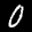
Label: 0